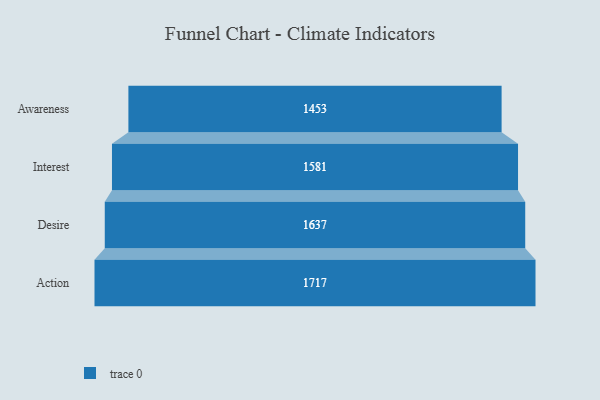
{"axis": {"x": "Stage", "y": "Value"}, "legend": [""], "data": [{"x": "Awareness", "y": 1453.0, "type": ""}, {"x": "Interest", "y": 1581.0, "type": ""}, {"x": "Desire", "y": 1637.0, "type": ""}, {"x": "Action", "y": 1717.0, "type": ""}]}